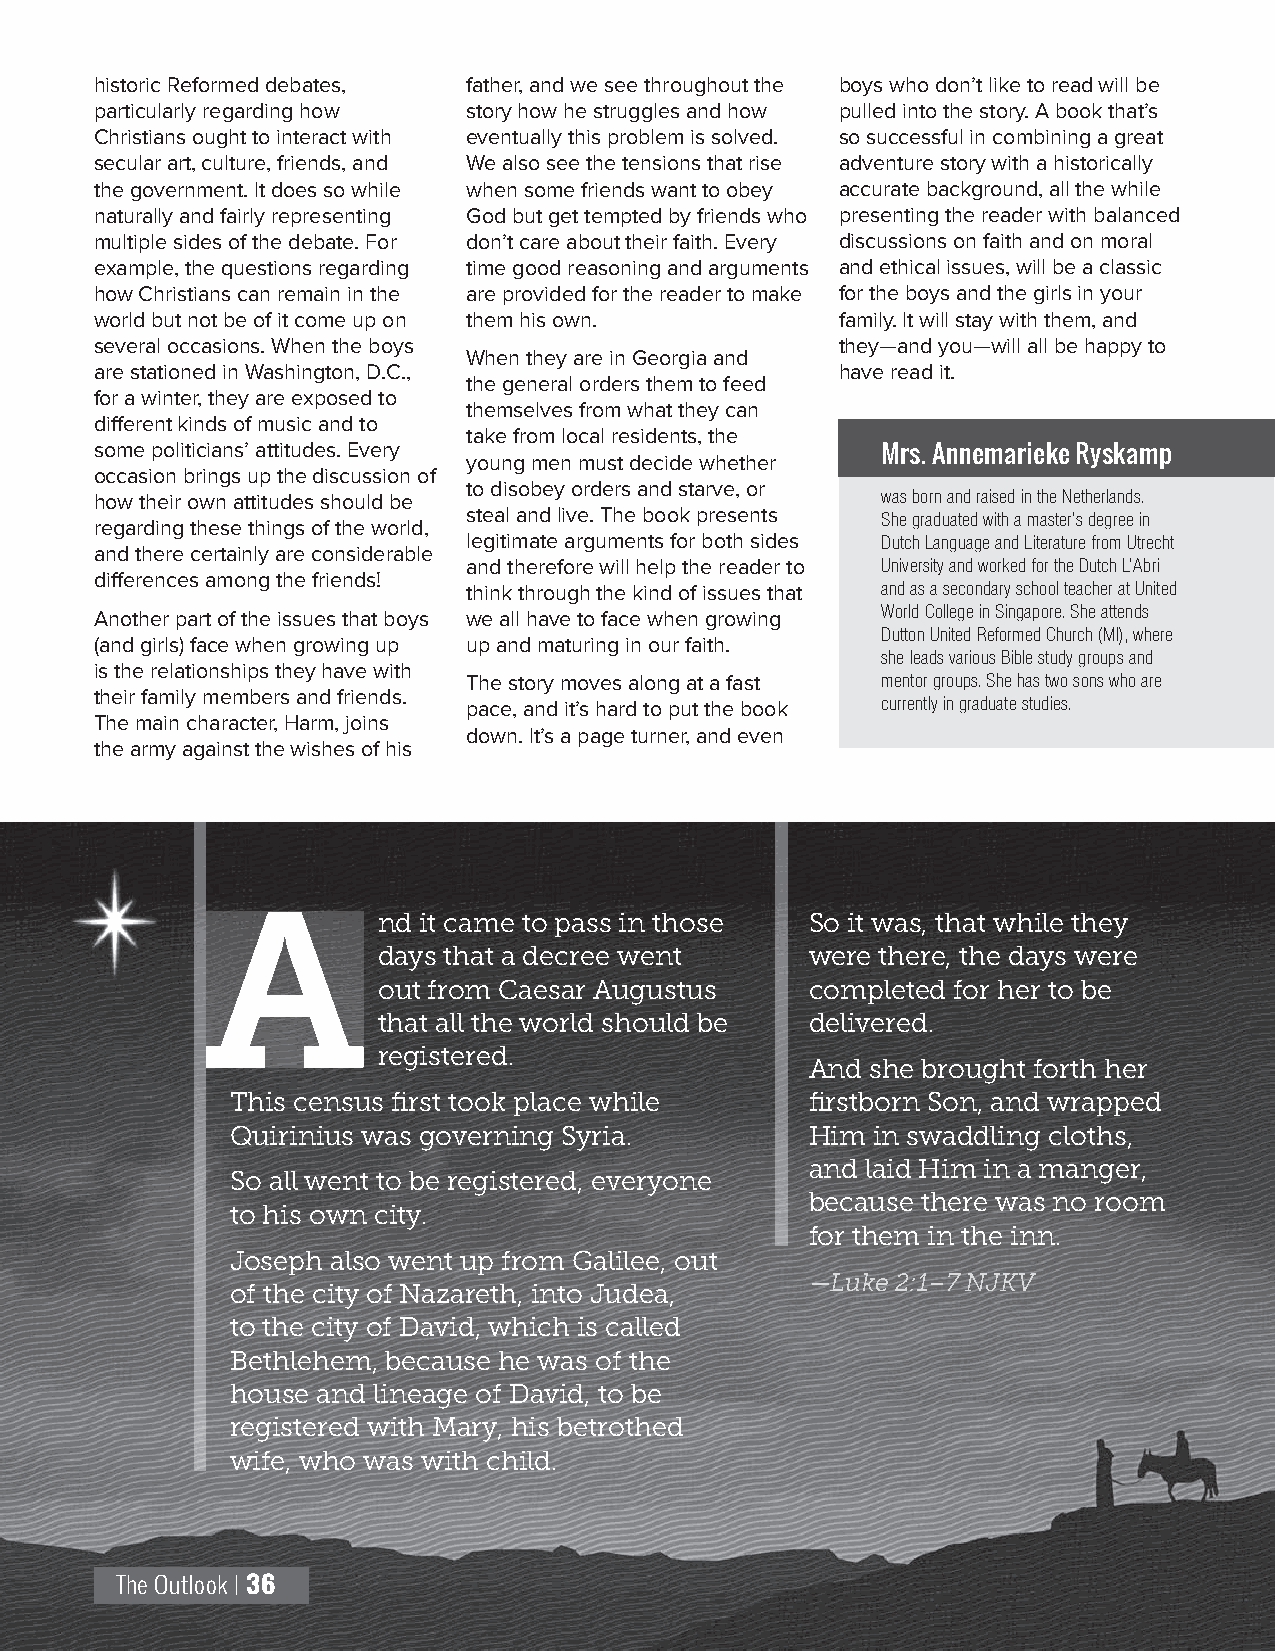
historic Reformed debates, father, and we see throughout the boys who don’t like to read will be
 particularly regarding how story how he struggles and how pulled into the story. A book that’s
 Christians ought to interact with eventually this problem is solved. so successful in combining a great
 secular art, culture, friends, and We also see the tensions that rise adventure story with a historically
 the government. It does so while when some friends want to obey accurate background, all the while
 naturally and fairly representing God but get tempted by friends who presenting the reader with balanced
 multiple sides of the debate. For don’t care about their faith. Every discussions on faith and on moral
 example, the questions regarding time good reasoning and arguments and ethical issues, will be a classic
 how Christians can remain in the are provided for the reader to make for the boys and the girls in your
 world but not be of it come up on them his own.   family. It will stay with them, and
 several occasions. When the boys                  they—and you—will all be happy to
 When they are in Georgia and
 are stationed in Washington, D.C.,                have read it.
 the general orders them to feed
 for a winter, they are exposed to
 themselves from what they can
 different kinds of music and to
 take from local residents, the
 some politicians’ attitudes. Every
 young men must decide whether Mrs. Annemarieke Ryskamp
 occasion brings up the discussion of
 to disobey orders and starve, or
 how their own attitudes should be                   was born and raised in the Netherlands.
 steal and live. The book presents
 She graduated with a master’s degree in
 regarding these things of the world,
 legitimate arguments for both sides Dutch Language and Literature from Utrecht
 and there certainly are considerable
 and therefore will help the reader to University and worked for the Dutch L’Abri
 differences among the friends!
 think through the kind of issues that and as a secondary school teacher at United
 Another part of the issues that boys we all have to face when growing World College in Singapore. She attends
 Dutton United Reformed Church (MI), where
 (and girls) face when growing up up and maturing in our faith.
 she leads various Bible study groups and
 is the relationships they have with
 The story moves along at a fast mentor groups. She has two sons who are
 their family members and friends.
 pace, and it’s hard to put the book currently in graduate studies.
 The main character, Harm, joins
 down. It’s a page turner, and even
 the army against the wishes of his
 nd it came to pass in those  So it was, that while they
 days that a decree went      were there, the days were
 out from Caesar Augustus     completed for her to be
 that all the world should be delivered.
 registered.
 And she brought forth her
 This census first took place while     firstborn Son, and wrapped
 Quirinius was governing Syria.         Him in swaddling cloths,
 and laid Him in a manger,
 So all went to be registered, everyone
 because there was no room
 to his own city.
 for them in the inn.
 Joseph also went up from Galilee, out
 —Luke 2:1–7 NJKV
 of the city of Nazareth, into Judea,
 to the city of David, which is called
 Bethlehem, because he was of the
 house and lineage of David, to be
 registered with Mary, his betrothed
 wife, who was with child.
 The Outlook | 36